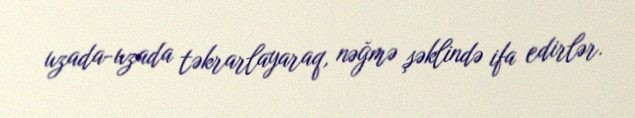
uzada-uzada təkrarlayaraq, nəğmə şəklində ifa edirlər.